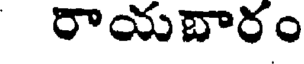
రాయబారం